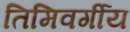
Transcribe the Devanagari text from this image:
तिमिवर्गीय